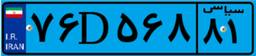
۷۶D۵۶۸۸۱